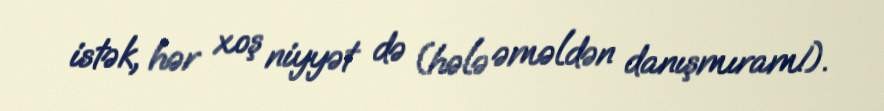
istək, hər xoş niyyət də (hələ əməldən danışmıram!).